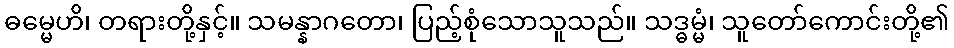
ဓမ္မေဟိ၊ တရားတို့နှင့်။ သမန္နာဂတော၊ ပြည့်စုံသောသူသည်။ သဒ္ဓမ္မံ၊ သူတော်ကောင်းတို့၏